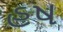
હષ